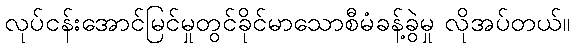
လုပ်ငန်းအောင်မြင်မှုတွင်ခိုင်မာသောစီမံခန့်ခွဲမှု လိုအပ်တယ်။